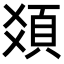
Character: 𩑛